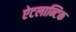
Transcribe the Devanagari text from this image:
ऐटलान्टिक